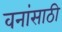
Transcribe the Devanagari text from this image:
वनांसाठी